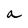
Character: a